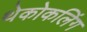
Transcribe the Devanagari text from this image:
थेकोकलिंग